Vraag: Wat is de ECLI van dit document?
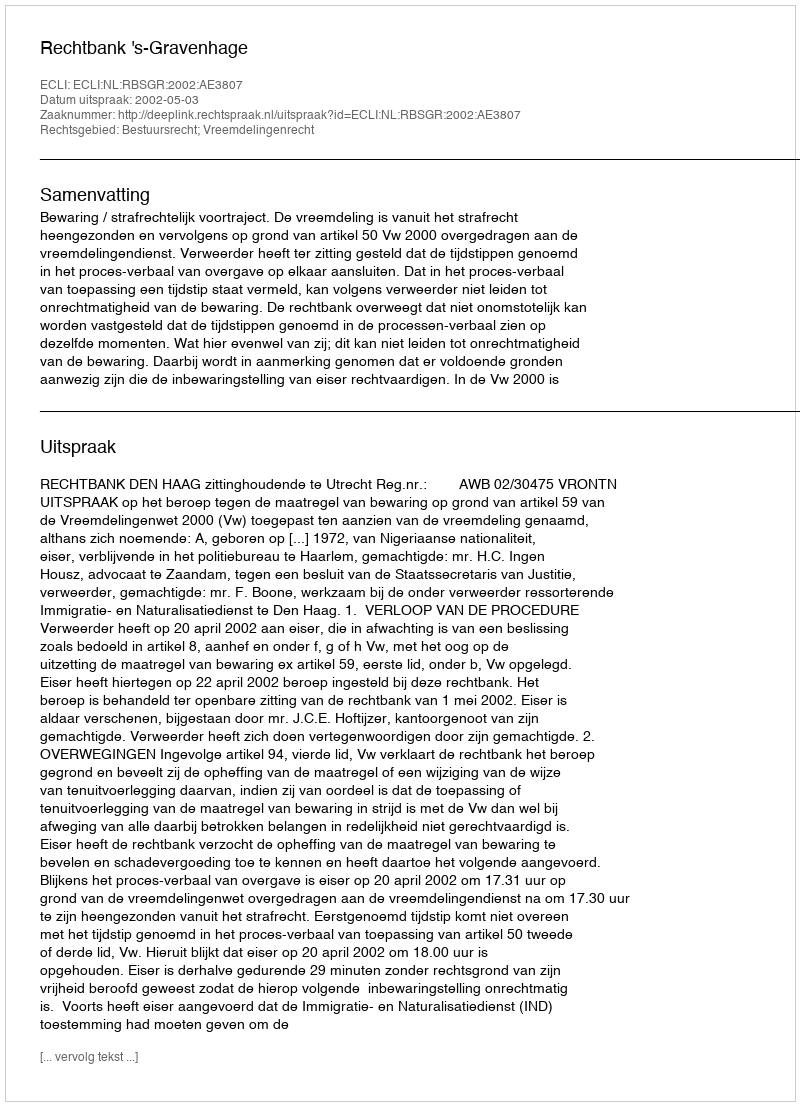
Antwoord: ECLI:NL:RBSGR:2002:AE3807